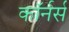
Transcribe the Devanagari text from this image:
कॉर्नर्स